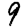
Digit: 9